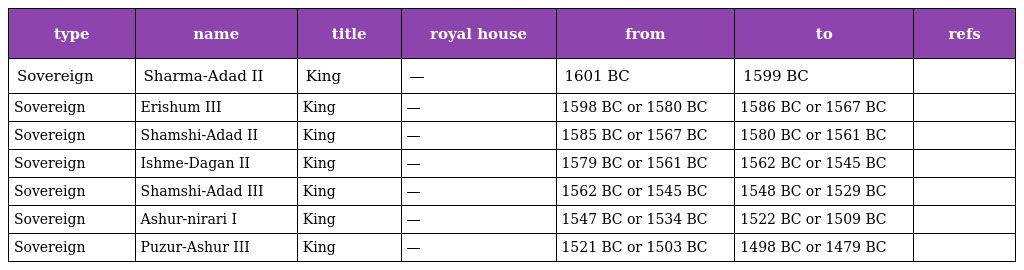
| type | name | title | royal house | from | to | refs |
 | --- | --- | --- | --- | --- | --- | --- |
 | Sovereign | Sharma-Adad II | King | — | 1601 BC | 1599 BC |  |
 | Sovereign | Erishum III | King | — | 1598 BC or 1580 BC | 1586 BC or 1567 BC |  |
 | Sovereign | Shamshi-Adad II | King | — | 1585 BC or 1567 BC | 1580 BC or 1561 BC |  |
 | Sovereign | Ishme-Dagan II | King | — | 1579 BC or 1561 BC | 1562 BC or 1545 BC |  |
 | Sovereign | Shamshi-Adad III | King | — | 1562 BC or 1545 BC | 1548 BC or 1529 BC |  |
 | Sovereign | Ashur-nirari I | King | — | 1547 BC or 1534 BC | 1522 BC or 1509 BC |  |
 | Sovereign | Puzur-Ashur III | King | — | 1521 BC or 1503 BC | 1498 BC or 1479 BC |  |